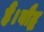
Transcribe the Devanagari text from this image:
हैं।बौद्ध